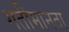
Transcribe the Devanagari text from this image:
गतीमानता